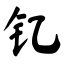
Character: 钇